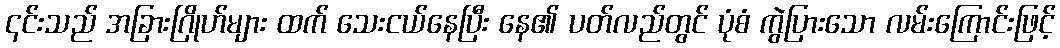
၎င်းသည် အခြားဂြိုဟ်များ ထက် သေးငယ်နေပြီး နေ၏ ပတ်လည်တွင် ပုံစံ ကွဲပြားသော လမ်းကြောင်းဖြင့်